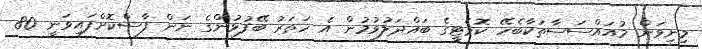
މިނިވަން މުއައްސަސާތަކާބެހޭ ކޮމެޓީގެ ބައްދަލުވުމުން އެ ހަތަރު ބޭފުޅުންގެ ނަން ފާސްކޮށްފައިވަނީ 80